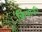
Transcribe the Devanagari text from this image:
कियोकी